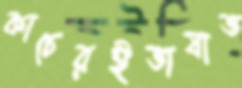
কাচেরইভাষাভ